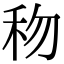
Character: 𥝤